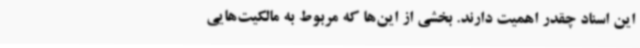
این اسناد چقدر اهمیت دارند. بخشی از این‌ها که مربوط به مالکیت‌هایی